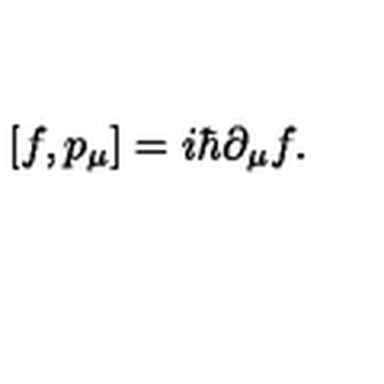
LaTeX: \left[ f , p _ { \mu } \right] = i \hbar \partial _ { \mu } f .